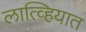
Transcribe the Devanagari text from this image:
लात्व्हियात